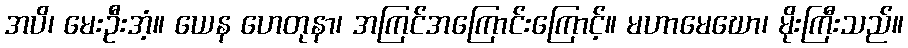
အပိ၊ မေးဦးအံ့။ ယေန ဟေတုနာ၊ အကြင်အကြောင်းကြောင့်။ မဟာမေဃော၊ မိုးကြီးသည်။